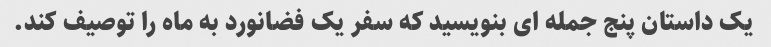
یک داستان پنج جمله ای بنویسید که سفر یک فضانورد به ماه را توصیف کند.